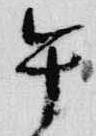
午